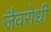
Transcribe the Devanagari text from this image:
जैवरोधी